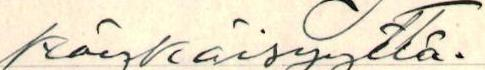
köykäisyyttä.